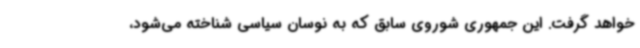
خواهد گرفت. این جمهوری شوروی سابق که به نوسان سیاسی شناخته می‌شود،